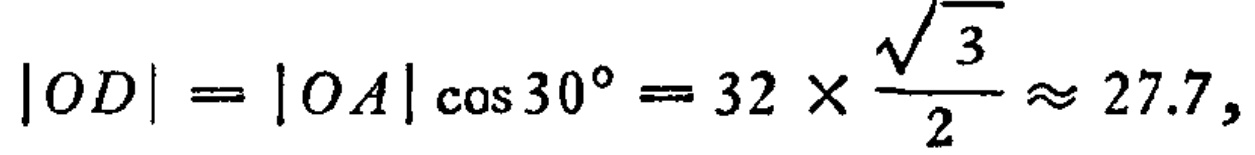
\(|OD| = |OA|\cos 30^{\circ}=32\times\frac{\sqrt{3}}{2}\approx 27.7,\)